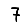
Digit: 7